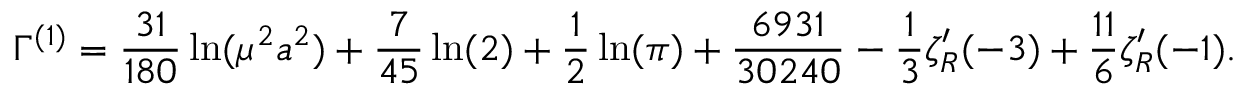
\Gamma ^ { ( 1 ) } = { \frac { 3 1 } { 1 8 0 } } \ln ( \mu ^ { 2 } a ^ { 2 } ) + { \frac { 7 } { 4 5 } } \ln ( 2 ) + { \frac { 1 } { 2 } } \ln ( \pi ) + { \frac { 6 9 3 1 } { 3 0 2 4 0 } } - { \frac { 1 } { 3 } } \zeta _ { R } ^ { \prime } ( - 3 ) + { \frac { 1 1 } { 6 } } \zeta _ { R } ^ { \prime } ( - 1 ) .